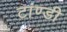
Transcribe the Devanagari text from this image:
टांण्डी